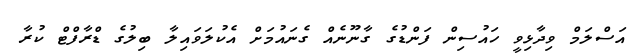
އަސްލަމް ވިދާޅިވީ ހައުސިން ފަންޑުގެ ގާނޫނެއް ގެނައުމަށް އެކުލަވައިލާ ބިލުގެ ޑްރާފްޓް ކުރާ